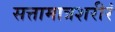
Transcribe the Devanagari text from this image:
सत्तामात्रशरीरं